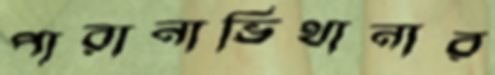
পারানাভিথানার